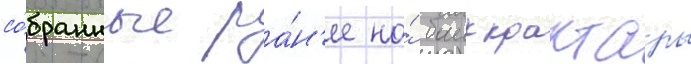
со́бранные ра́н'ее на́ баикрактары